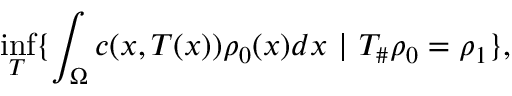
\operatorname* { i n f } _ { T } \{ \int _ { \Omega } c ( x , T ( x ) ) \rho _ { 0 } ( x ) d x \ | \ T _ { \# } \rho _ { 0 } = \rho _ { 1 } \} ,